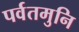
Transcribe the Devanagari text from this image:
पर्वतमुनि